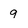
Character: 9